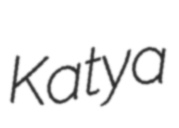
Katya